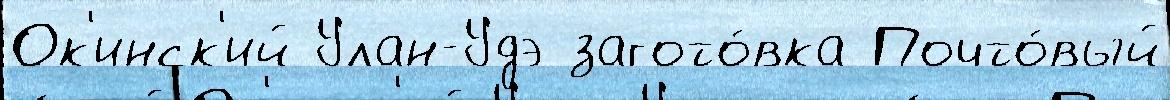
Ок'инск'ий Улан-Удэ загото́вка Почто́вый